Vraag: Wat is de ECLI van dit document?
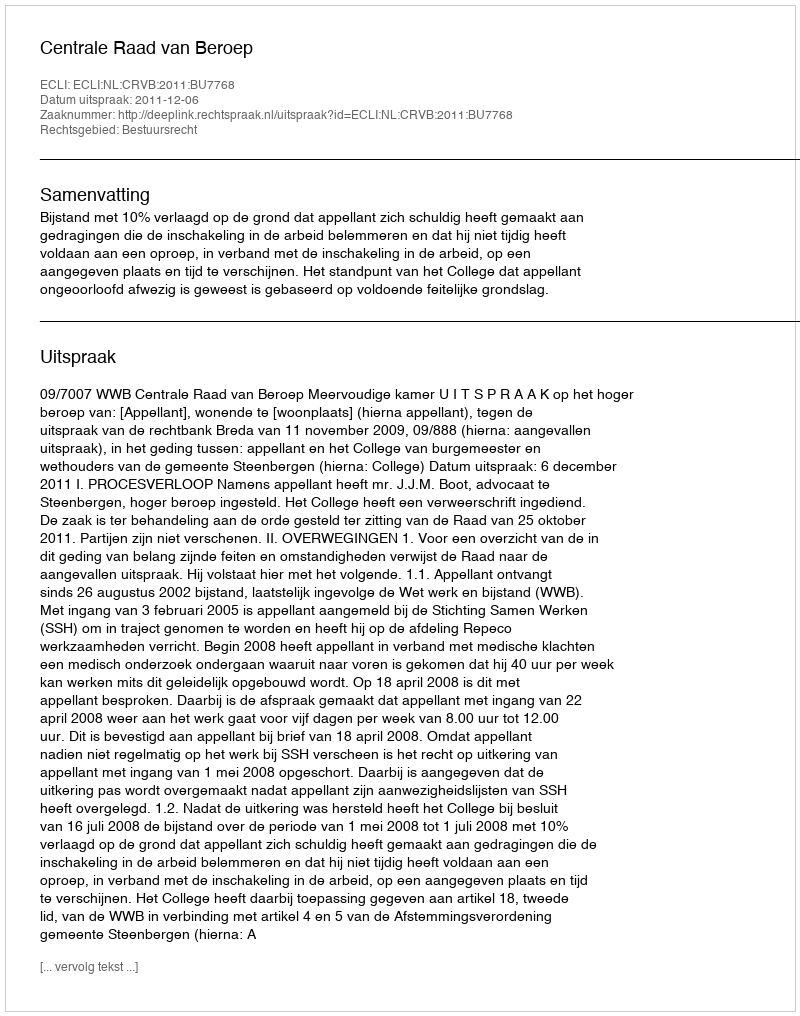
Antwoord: ECLI:NL:CRVB:2011:BU7768